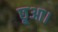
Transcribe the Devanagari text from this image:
छूआ।